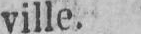
ville.